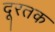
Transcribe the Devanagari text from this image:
दूरतक